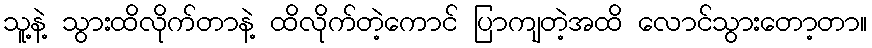
သူ့နဲ့ သွားထိလိုက်တာနဲ့ ထိလိုက်တဲ့ကောင် ပြာကျတဲ့အထိ လောင်သွားတော့တာ။